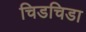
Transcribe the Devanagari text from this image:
चिडचिडा